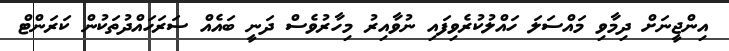
އިންޖީނަށް ދިމާވި މައްސަލަ ހައްލުކުރެވިފައި ނުވާއިރު މިހާރުވެސް ދަނީ ބައެއް ސަރަހައްދުތަކުން ކަރަންޓް